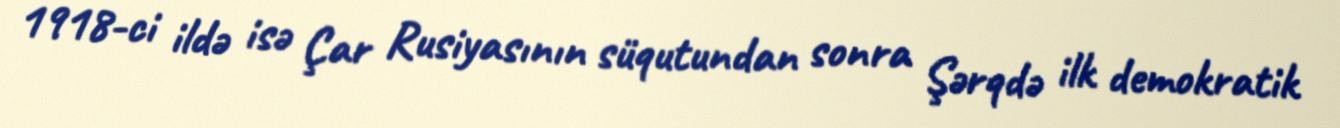
1918-ci ildə isə Çar Rusiyasının süqutundan sonra Şərqdə ilk demokratik